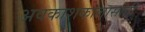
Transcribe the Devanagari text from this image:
अवकाशकालासाठी